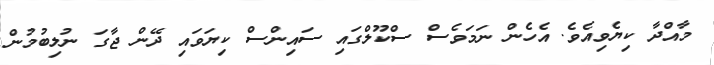
މާއްދާ ކިޔެވިއެވެ. އެހެން ނަމަވެސް ސްކޫލްގައި ސައިންސް ކިޔަވައި ދޭން ޖާގަ ނުލިބުމުން